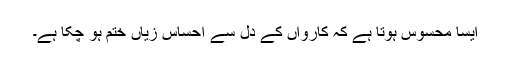
ایسا محسوس ہوتا ہے کہ کارواں کے دل سے احساس زیاں ختم ہو چکا ہے۔